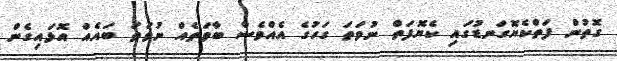
ގޮތުން ފަތްކެޔޮގަނޑުގައި ކެޔޮފަތް ނުވަތަ ގަހުގެ އެއްވެސް ބާވަތެއް ނުވަތަ ބައެއް އޮޅައިގެން